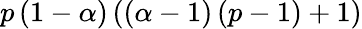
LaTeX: p\left(1-\alpha\right)\left(\left(\alpha-1\right)\left(p-1\right)+1\right)